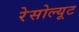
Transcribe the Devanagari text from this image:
रेसोल्यूट